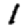
Digit: 1